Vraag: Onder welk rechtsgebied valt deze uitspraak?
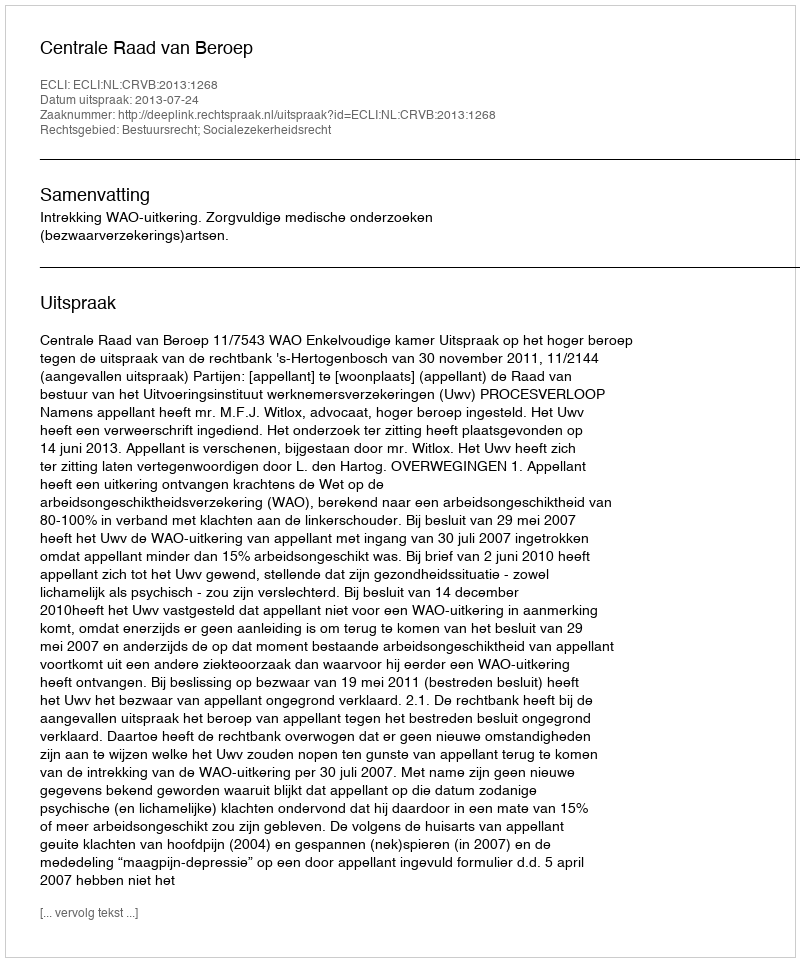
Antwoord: Bestuursrecht; Socialezekerheidsrecht